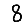
Digit: 8